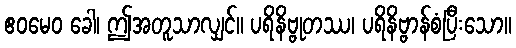
ဧဝမေဝ ခေါ၊ ဤအတူသာလျှင်။ ပရိနိဗ္ဗုတဿ၊ ပရိနိဗ္ဗာန်စံပြီးသော။